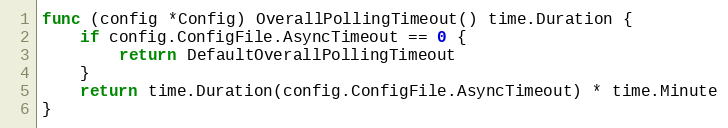
Language: Go
func (config *Config) OverallPollingTimeout() time.Duration {
	if config.ConfigFile.AsyncTimeout == 0 {
		return DefaultOverallPollingTimeout
	}
	return time.Duration(config.ConfigFile.AsyncTimeout) * time.Minute
}